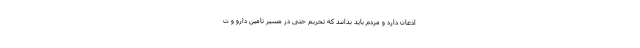
اذعان دارد و مردم باید بدانند که تحریم حتی در مسیر تامین دارو و ت